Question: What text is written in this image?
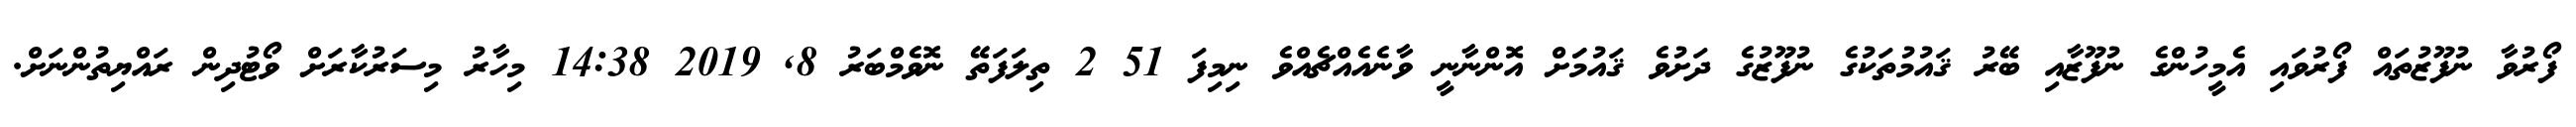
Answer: ފޯރުވާ ނުފޫޒުތައް ފޯރުވައި އެމީހުންގެ ނުފޫޒާއި ބޭރު ޤައުމުތަކުގެ ނުފޫޒުގެ ދަށުވެ ޤައުމަަށް އޮންނާނީ ވާނެއެއްޗެއްވެ ނިމިފަ 51 2 ތިލަފަތޭ ނޮވެމްބަރު 8, 2019 14:38 މިހާރު މިސަރުކާރަށް ވޯޓުދިން ރައްޔިތުންނަށް.